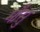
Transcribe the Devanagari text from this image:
मौसु